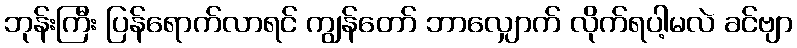
ဘုန်းကြီး ပြန်ရောက်လာရင် ကျွန်တော် ဘာလျှောက် လိုက်ရပါ့မလဲ ခင်ဗျာ